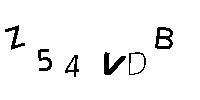
Z54VDB